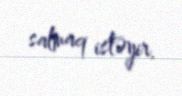
salmaq istəyir.